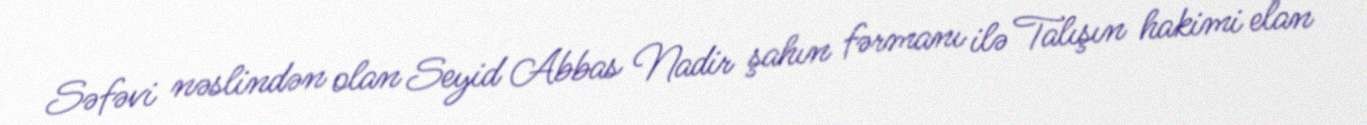
Səfəvi nəslindən olan Seyid Abbas Nadir şahın fərmanı ilə Talışın hakimi elan